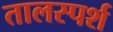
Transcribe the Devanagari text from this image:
तालस्पर्श